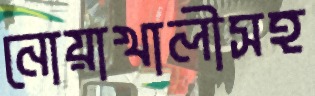
নোয়াখালীসহ